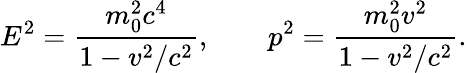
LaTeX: E^{2}={\frac{m_{0}^{2}c^{4}}{1-v^{2}/c^{2}}},\qquad p^{2}={\frac{m_{0}^{2}v^{2}}{1-v^{2}/c^{2}}}.